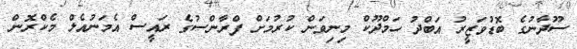
ސޫދާނުގެ ބޮޑުވަޒީރު އަބްދު ހަމްދޫކް މިނިވަން ކުރުމަށް ފްރާންސުގެ ރައީސް އެމަނުއެލް މެކްރޮން